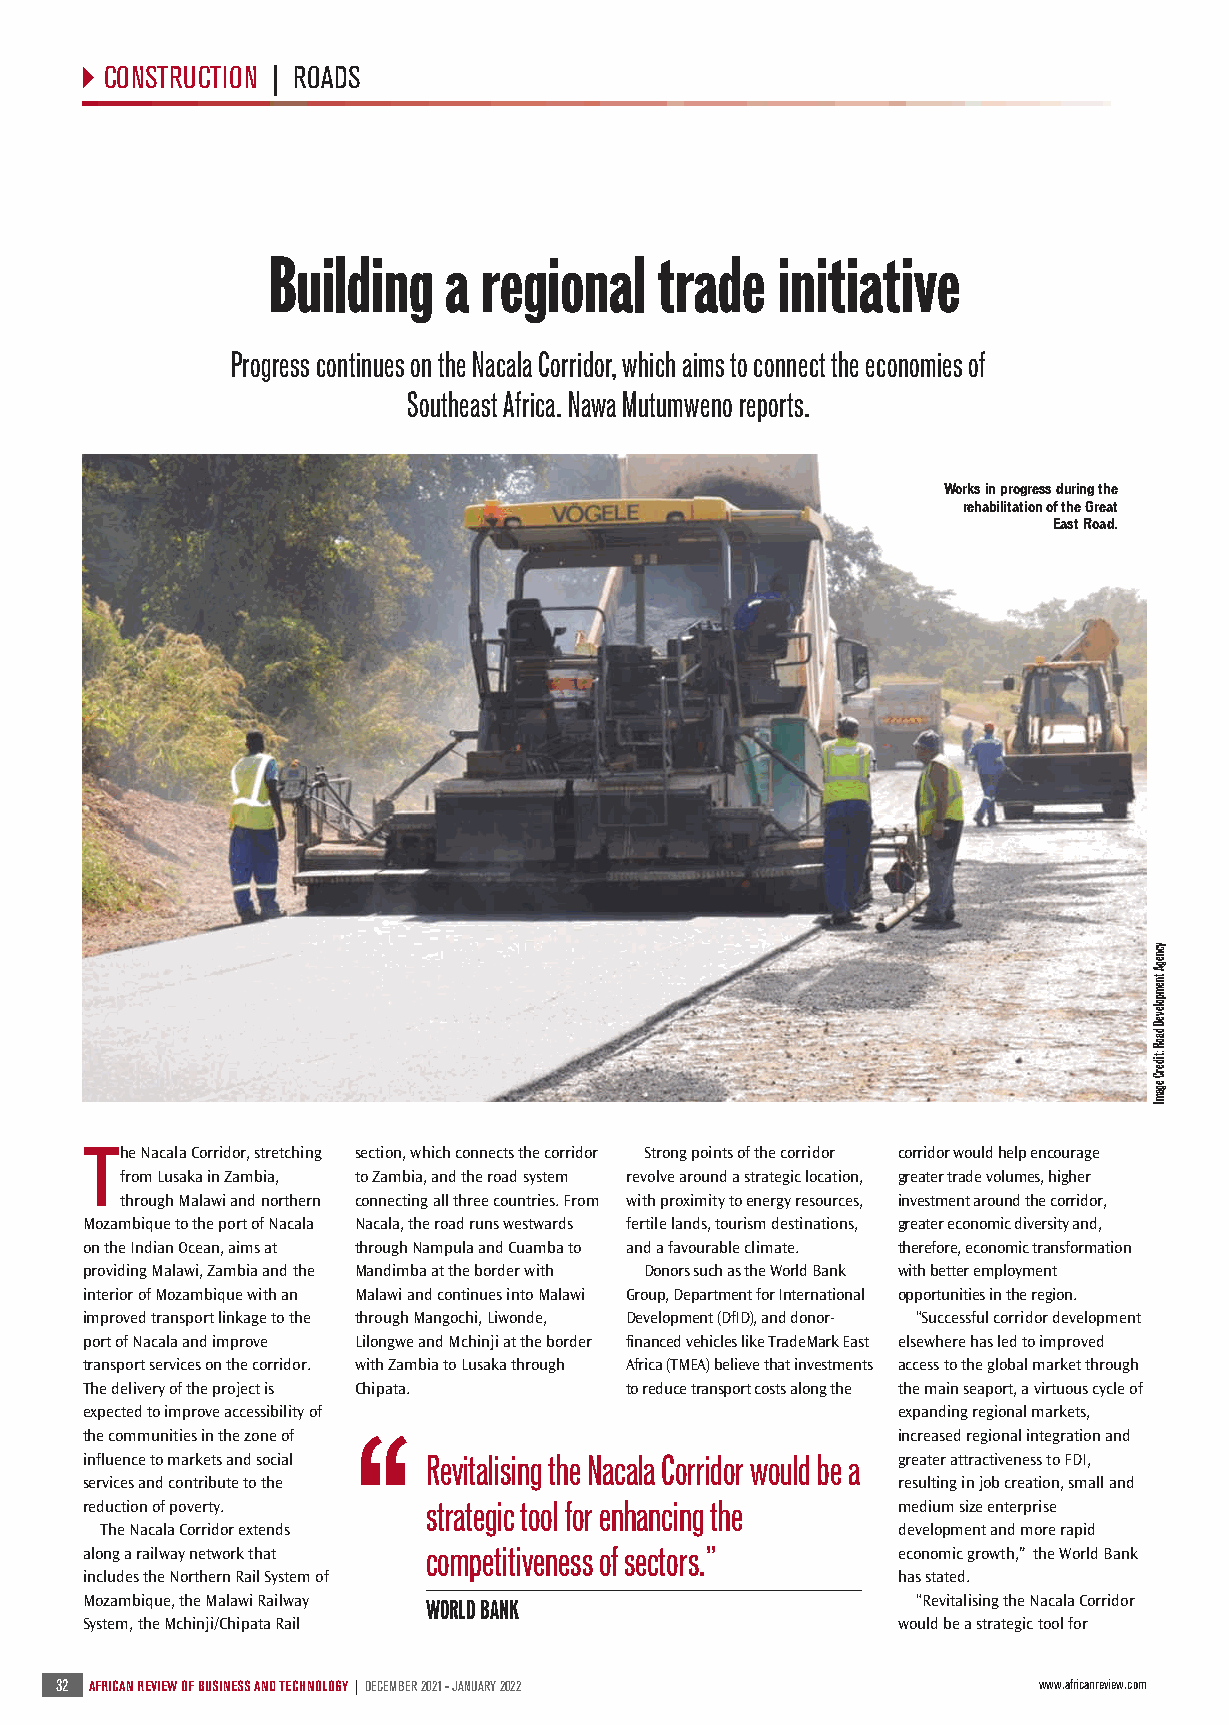
S10 ATR Dec 2021- Jan 2022 Roads_ATR - New Master Template 2016 10/12/2021 06:02 Page 32
 CONSTRUCTION | ROADS
 Building   a  regional   trade   initiative
 Progress continues on the Nacala Corridor, which aims to connect the economies of
 Southeast Africa. Nawa Mutumweno reports.
 Works in progress during the
 rehabilitation of the Great
 East Road.
 The Nacala Corridor, stretching section, which connects the corridor Strong points of the corridor corridor would help encourage
 from Lusaka in Zambia, to Zambia, and the road system revolve around a strategic location, greater trade volumes, higher
 through Malawi and northern connecting all three countries. From with proximity to energy resources, investment around the corridor,
 Mozambique to the port of Nacala Nacala, the road runs westwards fertile lands, tourism destinations, greater economic diversity and,
 on the Indian Ocean, aims at through Nampula and Cuamba to and a favourable climate. therefore, economic transformation
 providing Malawi, Zambia and the Mandimba at the border with Donors such as the World Bank with better employment
 interior of Mozambique with an Malawi and continues into Malawi Group, Department for International opportunities in the region.
 improved transport linkage to the through Mangochi, Liwonde, Development (DfID), and donor- “Successful corridor development
 port of Nacala and improve Lilongwe and Mchinji at the border financed vehicles like TradeMark East elsewhere has led to improved
 transport services on the corridor. with Zambia to Lusaka through Africa (TMEA) believe that investments access to the global market through
 The delivery of the project is Chipata. to reduce transport costs along the the main seaport, a virtuous cycle of
 expected to improve accessibility of                  expanding regional markets,
 the communities in the zone of                        increased regional integration and
 influence to markets and social Revitalising the Nacala Corridor would be a greater attractiveness to FDI,
 services and contribute to the                        resulting in job creation, small and
 reduction of poverty.  strategic tool for enhancing the medium size enterprise
 The Nacala Corridor extends                         development and more rapid
 along a railway network that competitiveness of sectors.” economic growth,” the World Bank
 includes the Northern Rail System of                  has stated.
 Mozambique, the Malawi Railway                          “Revitalising the Nacala Corridor
 WORLD BANK
 System, the Mchinji/Chipata Rail                      would be a strategic tool for
 32 AFRICAN REVIEW OF BUSINESS AND TECHNOLOGY | DECEMBER 2021 - JANUARY 2022 www.africanreview.com
 ycnegA
 tnempoleveD
 daoR
 :tiderC
 egamI